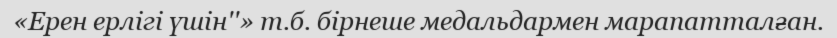
«Ерен ерлігі үшін''» т.б. бірнеше медальдармен марапатталған.